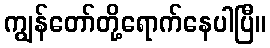
ကျွန်တော်တို့ရောက်နေပါပြီ။